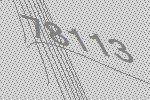
78113